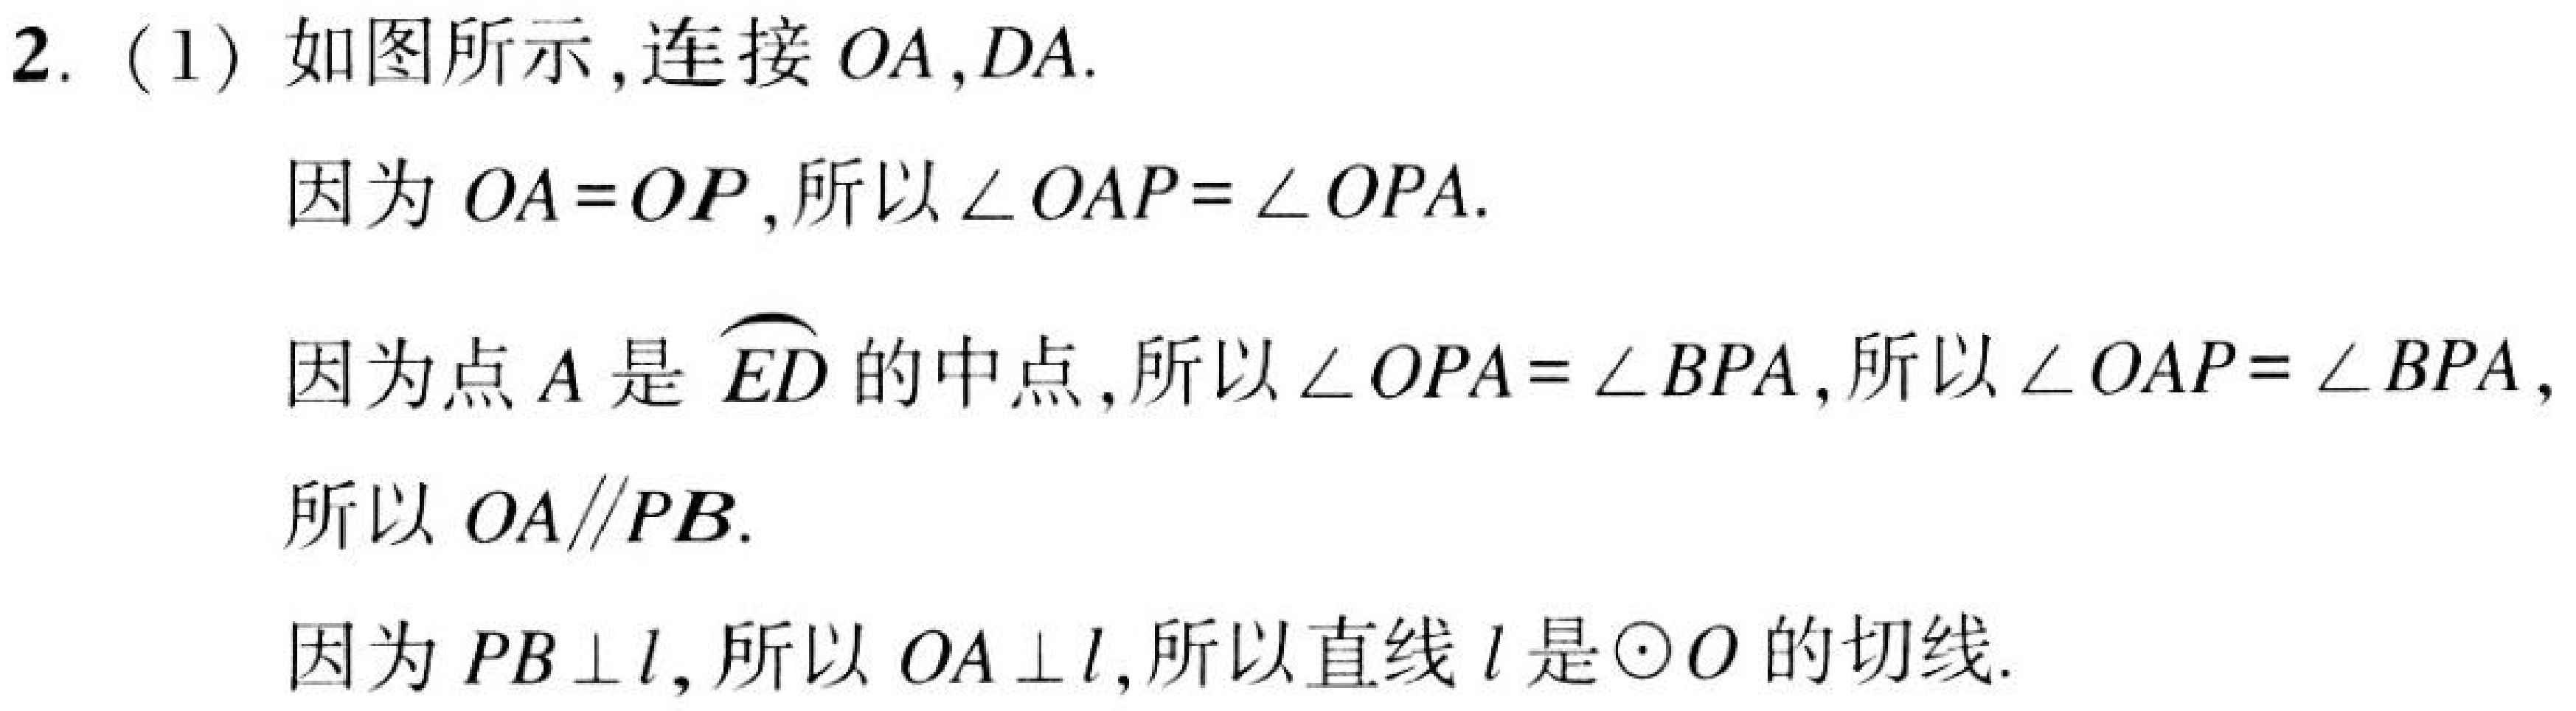
2. (1) 如图所示, 连接\(OA,DA\).
因为\(OA = OP\), 所以\(\angle OAP=\angle OPA\).
因为点\(A\)是\(\overset{\frown}{ED}\)的中点, 所以\(\angle OPA=\angle BPA\), 所以\(\angle OAP=\angle BPA\),
所以\(OA\parallel PB\).
因为\(PB\perp l\), 所以\(OA\perp l\), 所以直线\(l\)是\(\odot O\)的切线.